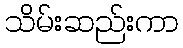
သိမ်းဆည်းကာ